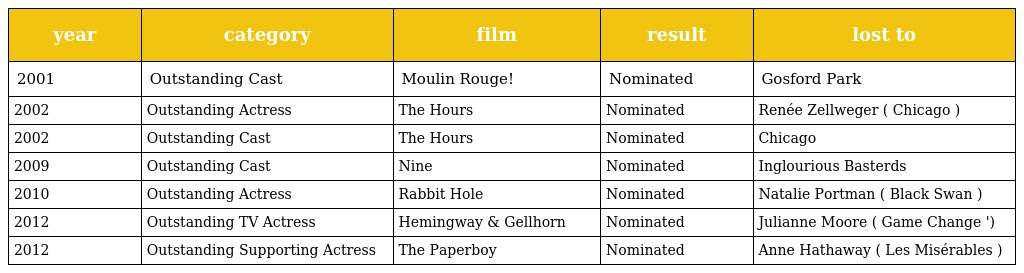
| year | category | film | result | lost to |
 | --- | --- | --- | --- | --- |
 | 2001 | Outstanding Cast | Moulin Rouge! | Nominated | Gosford Park |
 | 2002 | Outstanding Actress | The Hours | Nominated | Renée Zellweger ( Chicago ) |
 | 2002 | Outstanding Cast | The Hours | Nominated | Chicago |
 | 2009 | Outstanding Cast | Nine | Nominated | Inglourious Basterds |
 | 2010 | Outstanding Actress | Rabbit Hole | Nominated | Natalie Portman ( Black Swan ) |
 | 2012 | Outstanding TV Actress | Hemingway & Gellhorn | Nominated | Julianne Moore ( Game Change ') |
 | 2012 | Outstanding Supporting Actress | The Paperboy | Nominated | Anne Hathaway ( Les Misérables ) |